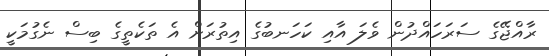
ރާއްޖޭގެ ސަރަހައްދުން ވެލަ އާއި ކަހަނބުގެ އިތުރަށް އެ ތަކެތީގެ ބިސް ނެގުމަކީ